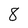
Character: 8